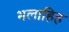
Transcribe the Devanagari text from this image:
भलाहिह